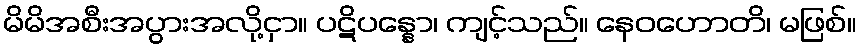
မိမိအစီးအပွားအလို့ငှာ။ ပဋိပန္နော၊ ကျင့်သည်။ နေဝဟောတိ၊ မဖြစ်။